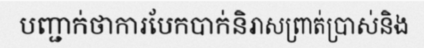
បញ្ជាក់ថាការបែកបាក់និរាសព្រាត់ប្រាស់និង